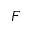
F